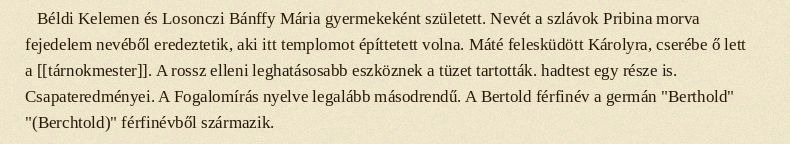
Béldi Kelemen és Losonczi Bánffy Mária gyermekeként született. Nevét a szlávok Pribina morva fejedelem nevéből eredeztetik, aki itt templomot építtetett volna. Máté felesküdött Károlyra, cserébe ő lett a [[tárnokmester]]. A rossz elleni leghatásosabb eszköznek a tüzet tartották. hadtest egy része is. Csapateredményei. A Fogalomírás nyelve legalább másodrendű. A Bertold férfinév a germán "Berthold" "(Berchtold)" férfinévből származik.